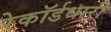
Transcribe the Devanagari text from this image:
रेकॉर्डधारी